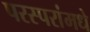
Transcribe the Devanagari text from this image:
परस्‍परांमधे